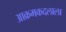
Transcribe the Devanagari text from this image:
आक्रमकदलाला